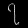
Digit: ၇